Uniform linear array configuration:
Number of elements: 12
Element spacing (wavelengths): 1
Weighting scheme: hamming
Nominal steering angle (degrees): -15
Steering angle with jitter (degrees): -16.71
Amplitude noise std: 0.05
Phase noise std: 0.05

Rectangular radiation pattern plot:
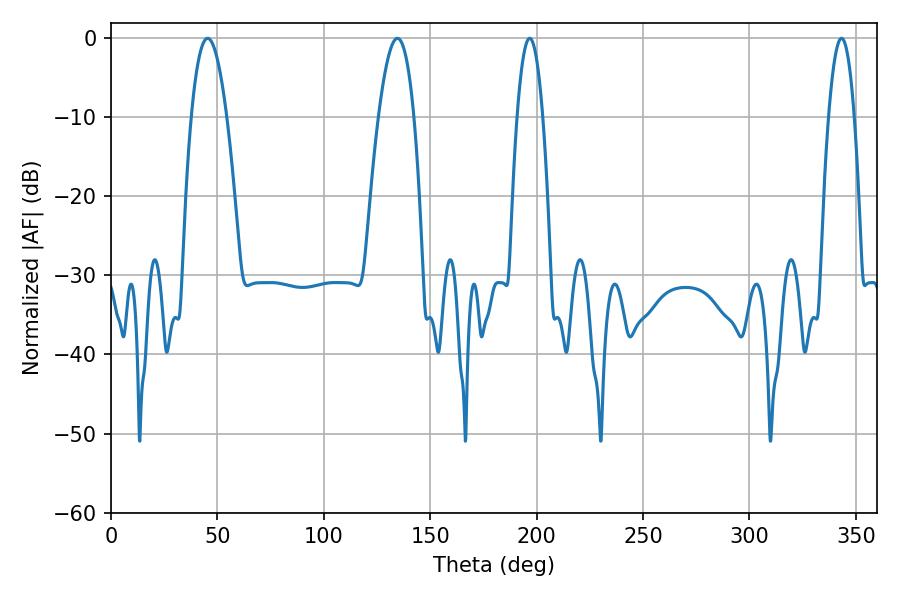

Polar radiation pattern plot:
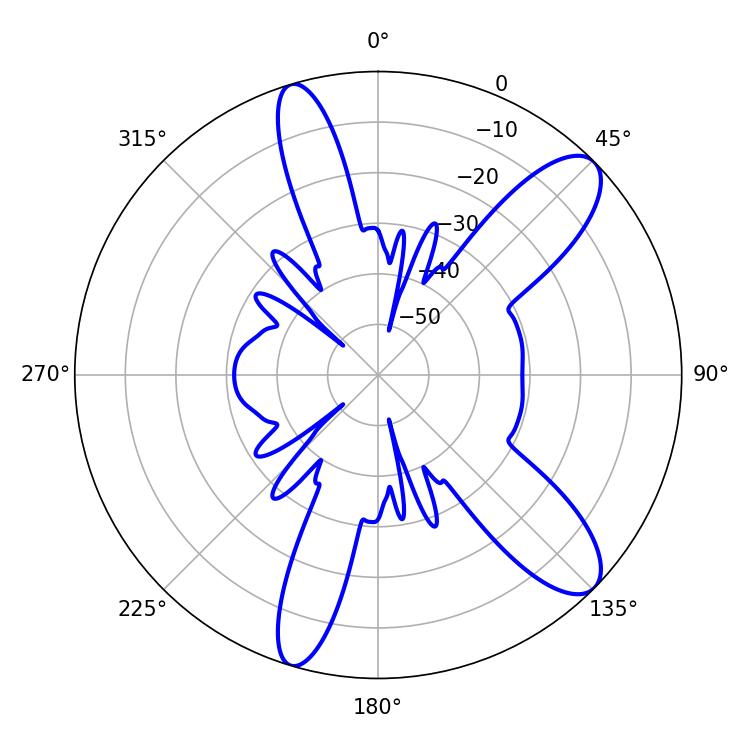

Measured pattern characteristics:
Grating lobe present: TRUE
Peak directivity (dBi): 10.605
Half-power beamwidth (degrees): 6.66
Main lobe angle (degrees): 196.74